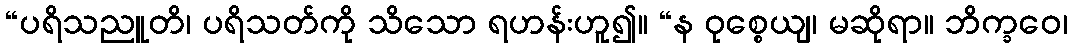
“ပရိသညူတိ၊ ပရိသတ်ကို သိသော ရဟန်းဟူ၍။ “န ဝုစ္စေယျ၊ မဆိုရာ။ ဘိက္ခဝေ၊